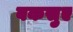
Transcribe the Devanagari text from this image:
बकसुए